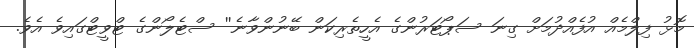
މޮޅު ފިލްމެއް އުފެއްދުމަށް ގިނަ ސަޕޯޓަރުންގެ އެހީތެރިކަން ބޭނުންވާނެ'' ސްޓެލޯންގެ ޓްވީޓްގައިވެ އެވެ.